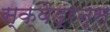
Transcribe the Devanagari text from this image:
स्क्वैड्रन्स